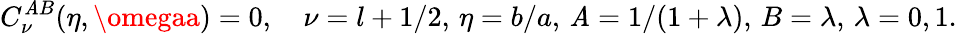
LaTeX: C_{\nu}^{\mathit{A}B}(\eta,\omegaa)=0,\quad\nu=l+1/2,\, \eta=b/a,\, \mathit{A}=1/(1+\lambda),\, B=\lambda,\, \lambda=0,1.